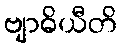
ဗျာဓိယီတိ